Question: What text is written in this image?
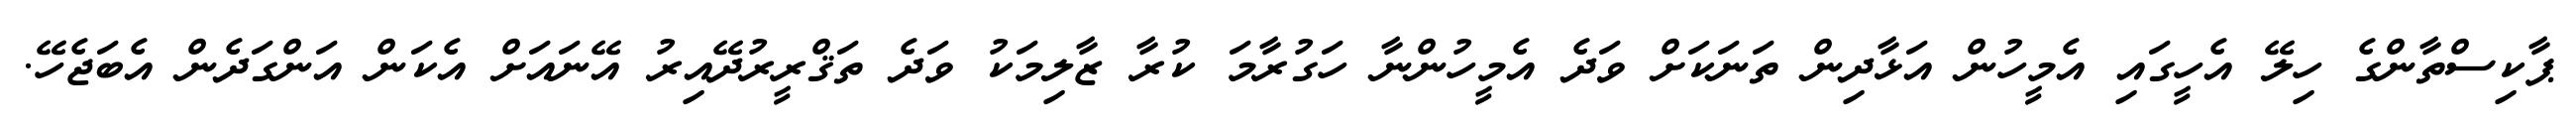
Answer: ޕާކިސްތާންގެ ހިލޭ އެހީގައި އެމީހުން އަޅާދިން ތަނަކަށް ވަދެ އެމީހުންނާ ހަގުރާމަ ކުރާ ޒާލިމަކު ވަދެ ތަޤްރީރުދޭއިރު އޭނައަށް އެކަން އަންގަދެން އެބަޖެހޭ.